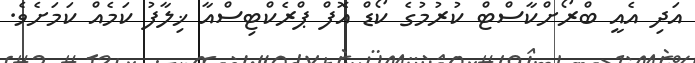
އަދި އެއީ ބްރޯށްކާސްޓް ކުރުމުގެ ކޯޑް އޮފް ޕްރެކްޓިސްއާ ޚިލާފު ކަމެއް ކަމަށެވެ.